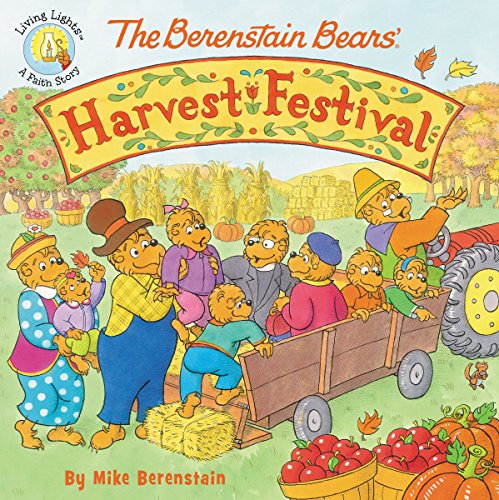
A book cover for The Berenstain Bears' Harvest Festival (Berenstain Bears/Living Lights); Mike Berenstain; Education & Teaching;